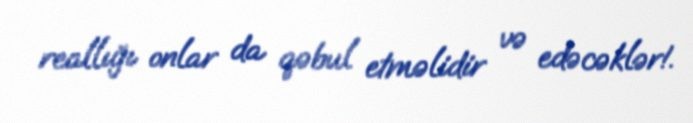
reallığı onlar da qəbul etməlidir və edəcəklər!.